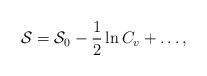
LaTeX: \begin{align*}{\cal{S}} = {\cal{S}}_0 -\frac{1}{2} \ln C_v + \ldots ,\end{align*}